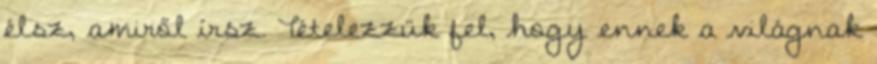
élsz, amiről írsz. Tételezzük fel, hogy ennek a világnak